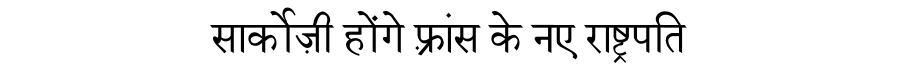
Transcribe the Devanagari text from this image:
सार्कोज़ी होंगे फ़्रांस के नए राष्ट्रपति